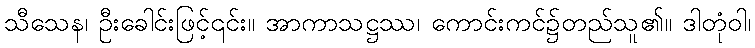
သီသေန၊ ဦးခေါင်းဖြင့်၎င်း။ အာကာသဋ္ဌဿ၊ ကောင်းကင်၌တည်သူ၏။ ဒါတုံဝါ၊